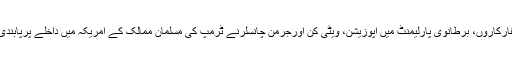
امریکہ کے ایک ہزارسفارکاروں، برطانوی پارلیمنٹ میں اپوزیشن، ویٹی کن اورجرمن چانسلرنے ٹرمپ کی مسلمان ممالک کے امریکہ میں داخلے پرپابندی کی مخالفت کردی ہے۔